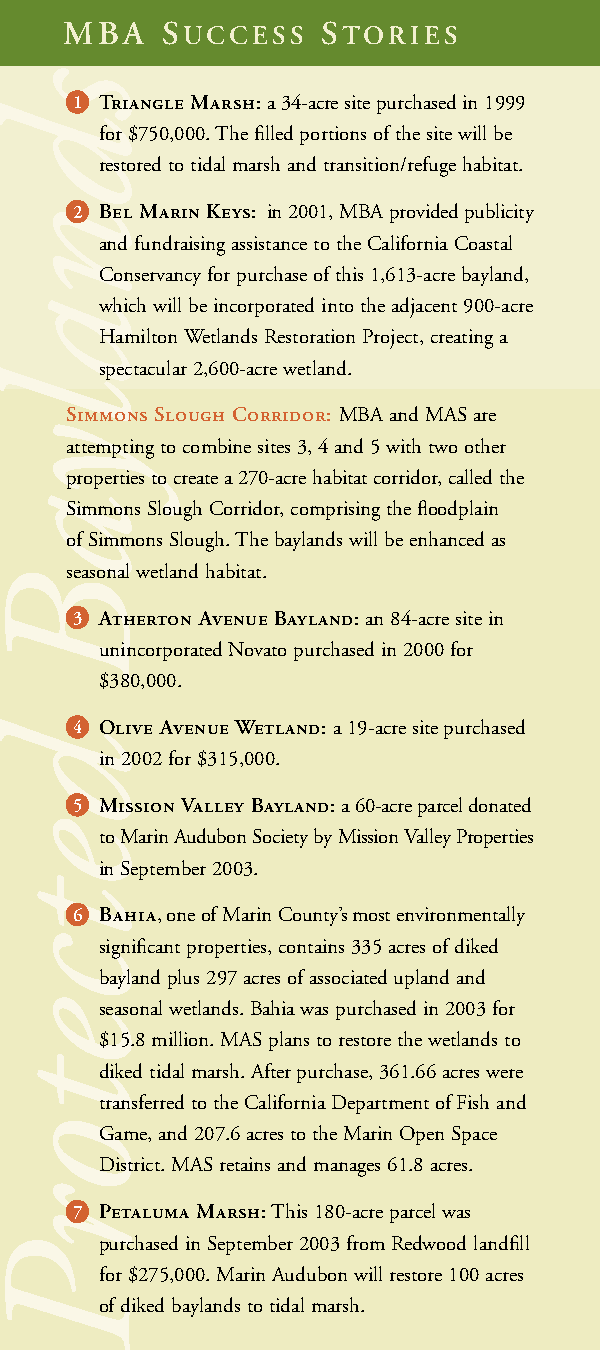
MBA    SUCCESS   STORIES
 •1 Triangle Marsh:a 34-acre site purchased in 1999
 for $750,000. The filled portions of the site will be
 restored to tidal marsh and transition/refuge habitat.
 •2 Bel Marin Keys: in 2001, MBA provided publicity
 and fundraising assistance to the California Coastal
 Conservancy for purchase of this 1,613-acre bayland,
 which will be incorporated into the adjacent 900-acre
 Hamilton Wetlands Restoration Project, creating a
 spectacular 2,600-acre wetland.
 Simmons Slough Corridor: MBA and MAS are
 attempting to combine sites 3, 4 and 5 with two other
 properties to create a 270-acre habitat corridor, called the
 Simmons Slough Corridor, comprising the floodplain
 of Simmons Slough. The baylands will be enhanced as
 seasonal wetland habitat.
 •3 Atherton Avenue Bayland: an 84-acre site in
 unincorporated Novato purchased in 2000 for
 $380,000.
 •4 Olive Avenue Wetland: a 19-acre site purchased
 in 2002 for $315,000.
 •5 Mission Valley Bayland:a 60-acre parcel donated
 to Marin Audubon Society by Mission Valley Properties
 in September 2003.
 •6 Bahia, one of Marin County’s most environmentally
 significant properties, contains 335 acres of diked
 bayland plus 297 acres of associated upland and
 seasonal wetlands. Bahia was purchased in 2003 for
 $15.8 million. MAS plans to restore the wetlands to
 diked tidal marsh. After purchase, 361.66 acres were
 transferred to the California Department of Fish and
 Game, and 207.6 acres to the Marin Open Space
 District. MAS retains and manages 61.8 acres.
 •7 Petaluma Marsh:This 180-acre parcel was
 purchased in September 2003 from Redwood landfill
 for $275,000. Marin Audubon will restore 100 acres
 of diked baylands to tidal marsh.
 sdnalyaB
 detcetorP